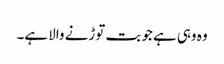
وہ وہی ہے جو بت توڑنے والا ہے۔